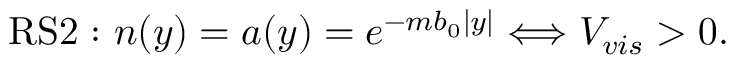
\mathrm { R S 2 : } \mathrm { ~ } n ( y ) = a ( y ) = e ^ { - m b _ { 0 } | y | } \Longleftrightarrow V _ { v i s } > 0 .